65_HS1-834228961_62-HQ-83894_Section_4
Agency: FBI
Page 1
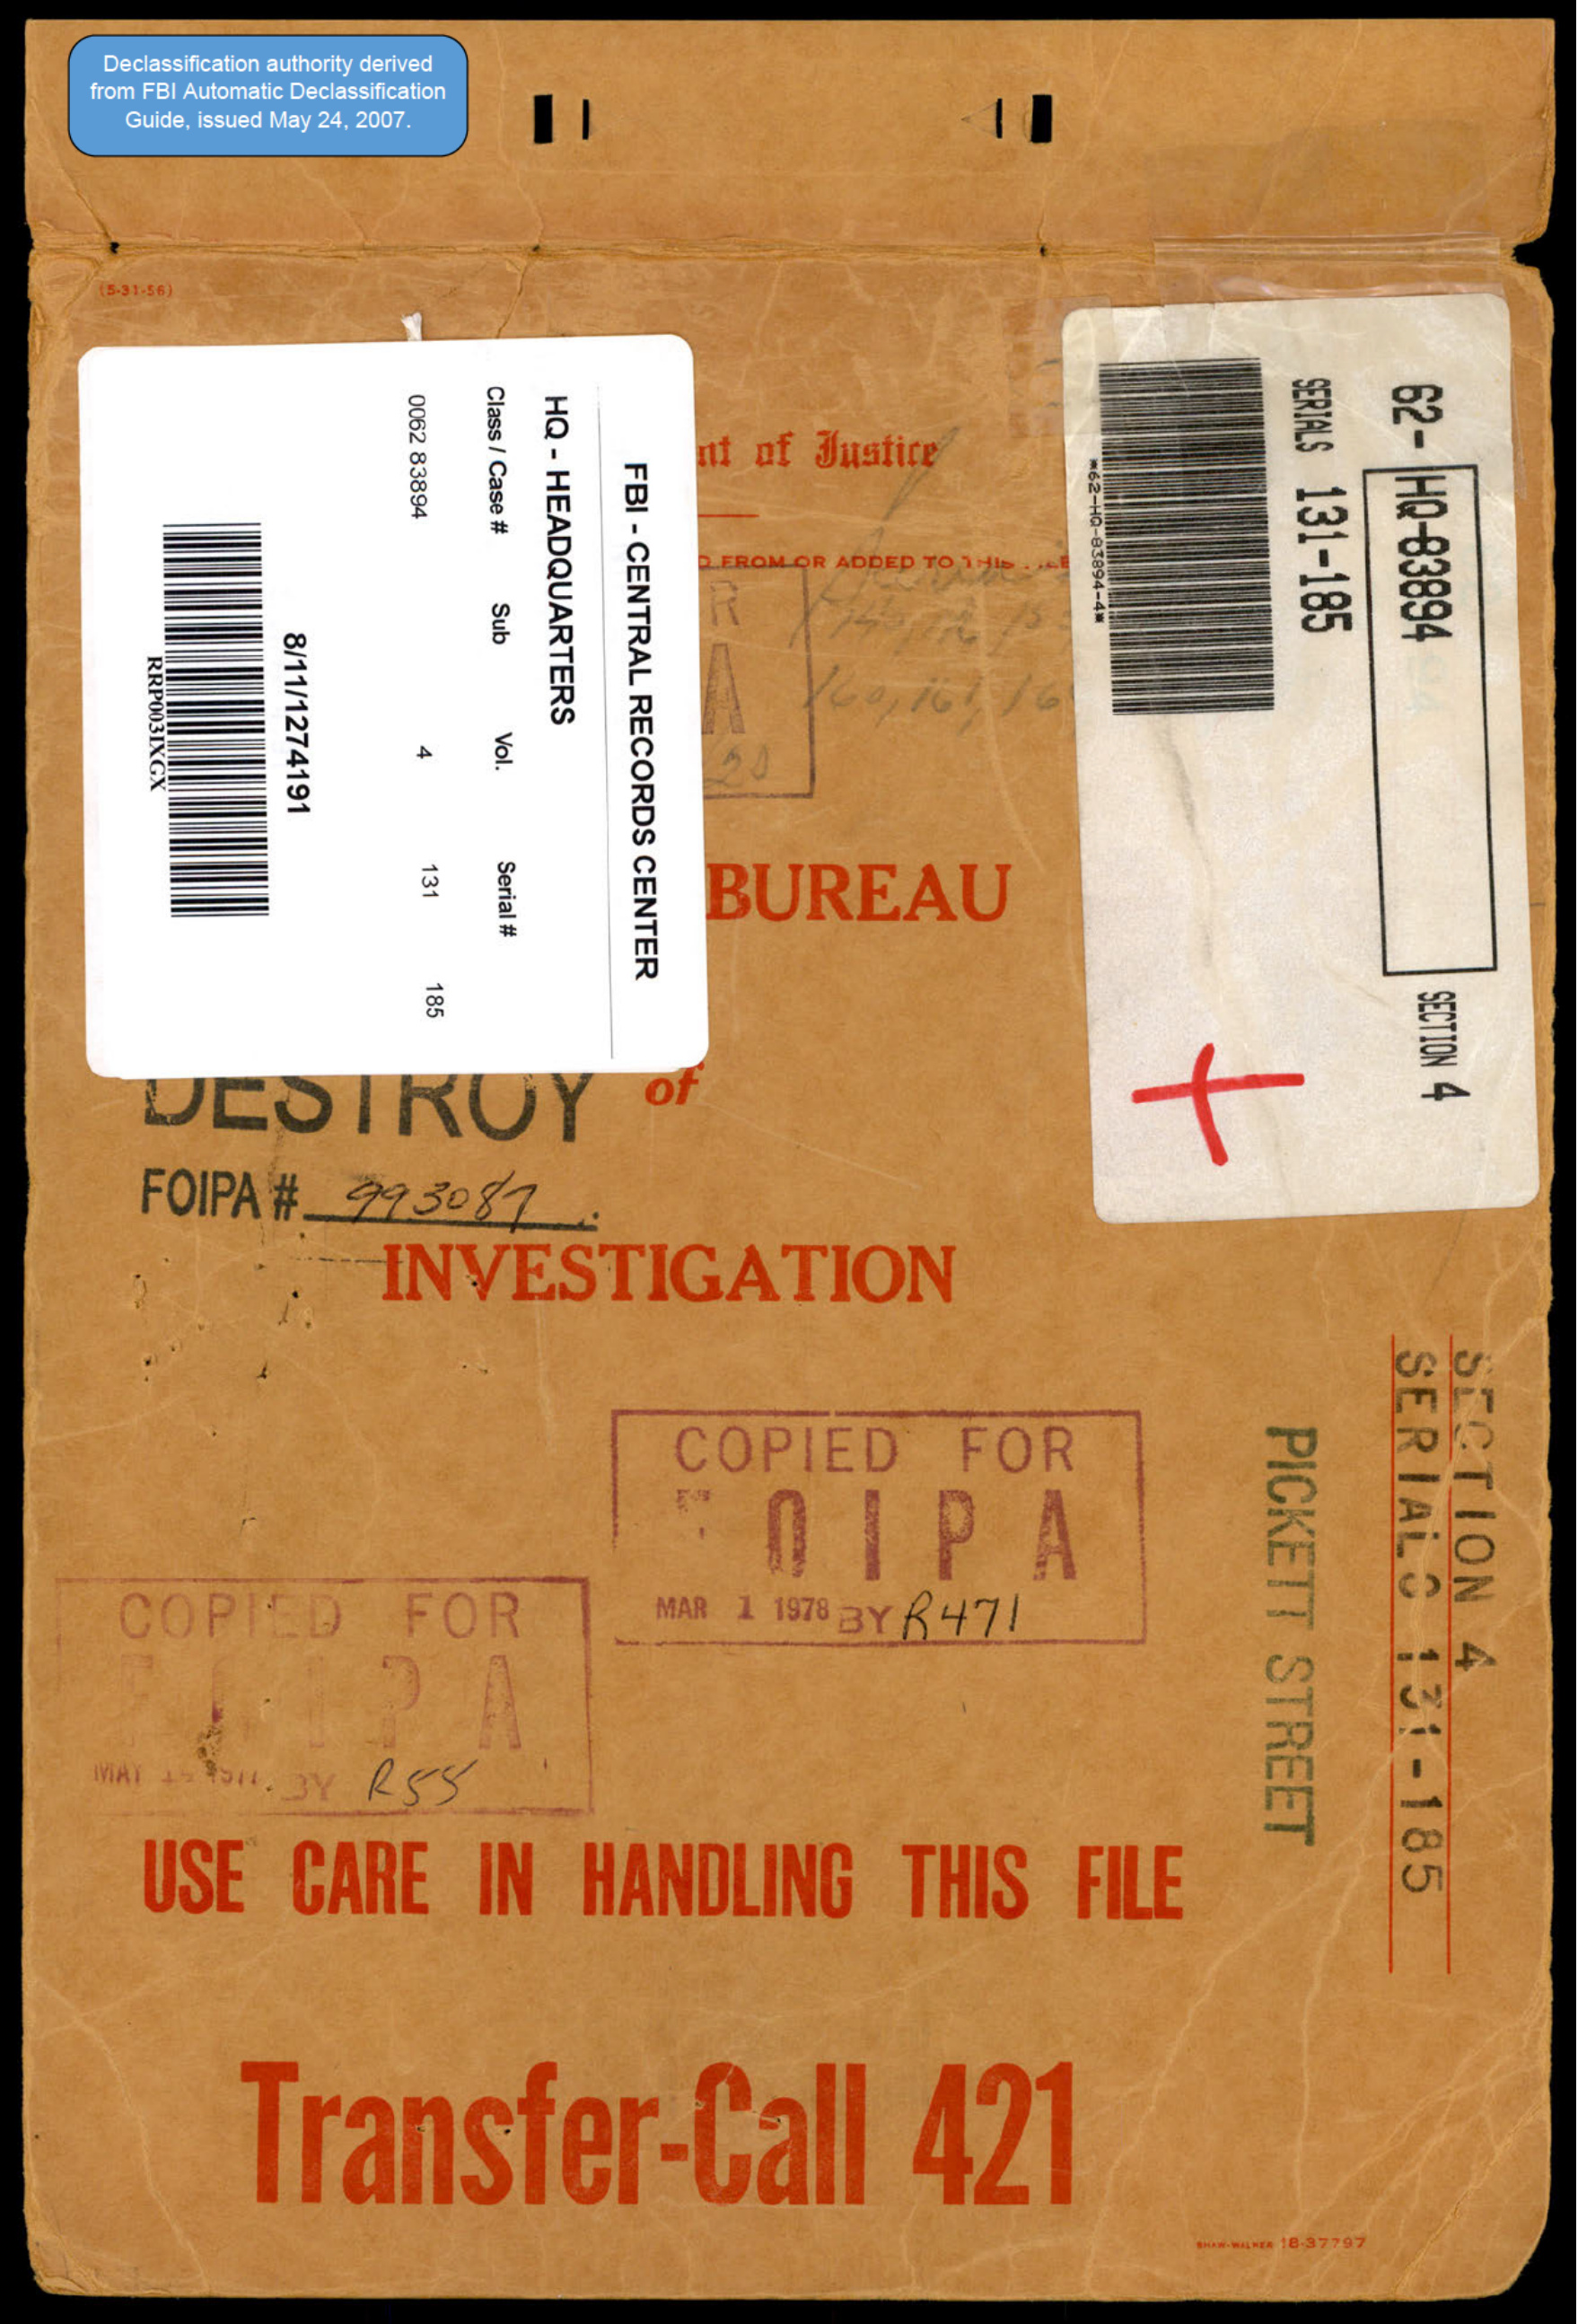